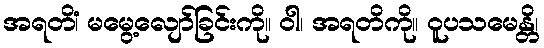
အရတိံ၊ မမွေ့လျော်ခြင်းကို။ ဝါ၊ အရတိကို။ ဝူပသမေန္တိ၊